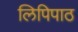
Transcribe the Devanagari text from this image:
लिपिपाठ